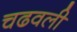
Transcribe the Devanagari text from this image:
चढवली